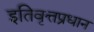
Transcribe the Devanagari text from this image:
इतिवृत्तप्रधान